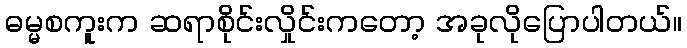
ဓမ္မစကူးက ဆရာစိုင်းလှိုင်းကတော့ အခုလိုပြောပါတယ်။